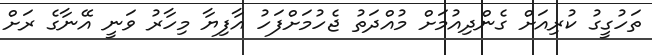
ތަހުގީގު ކުރިއަށް ގެންދިއުމަށް މުއްދަތު ޖެހުމަށްފަހު އާފިޔާ މިހާރު ވަނީ އޭނާގެ ރަށް